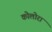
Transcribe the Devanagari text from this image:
कोलोरा